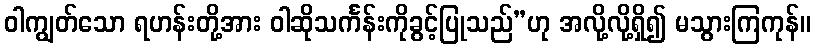
ဝါကျွတ်သော ရဟန်းတို့အား ဝါဆိုသင်္ကန်းကိုခွင့်ပြုသည်”ဟု အလို့လို့ရှိ၍ မသွားကြကုန်။